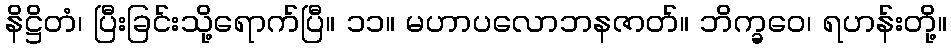
နိဋ္ဌိတံ၊ ပြီးခြင်းသို့ရောက်ပြီ။ ၁၁။ မဟာပလောဘနဇာတ်။ ဘိက္ခဝေ၊ ရဟန်းတို့။